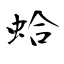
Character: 蛤